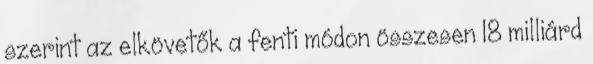
szerint az elkövetők a fenti módon összesen 18 milliárd